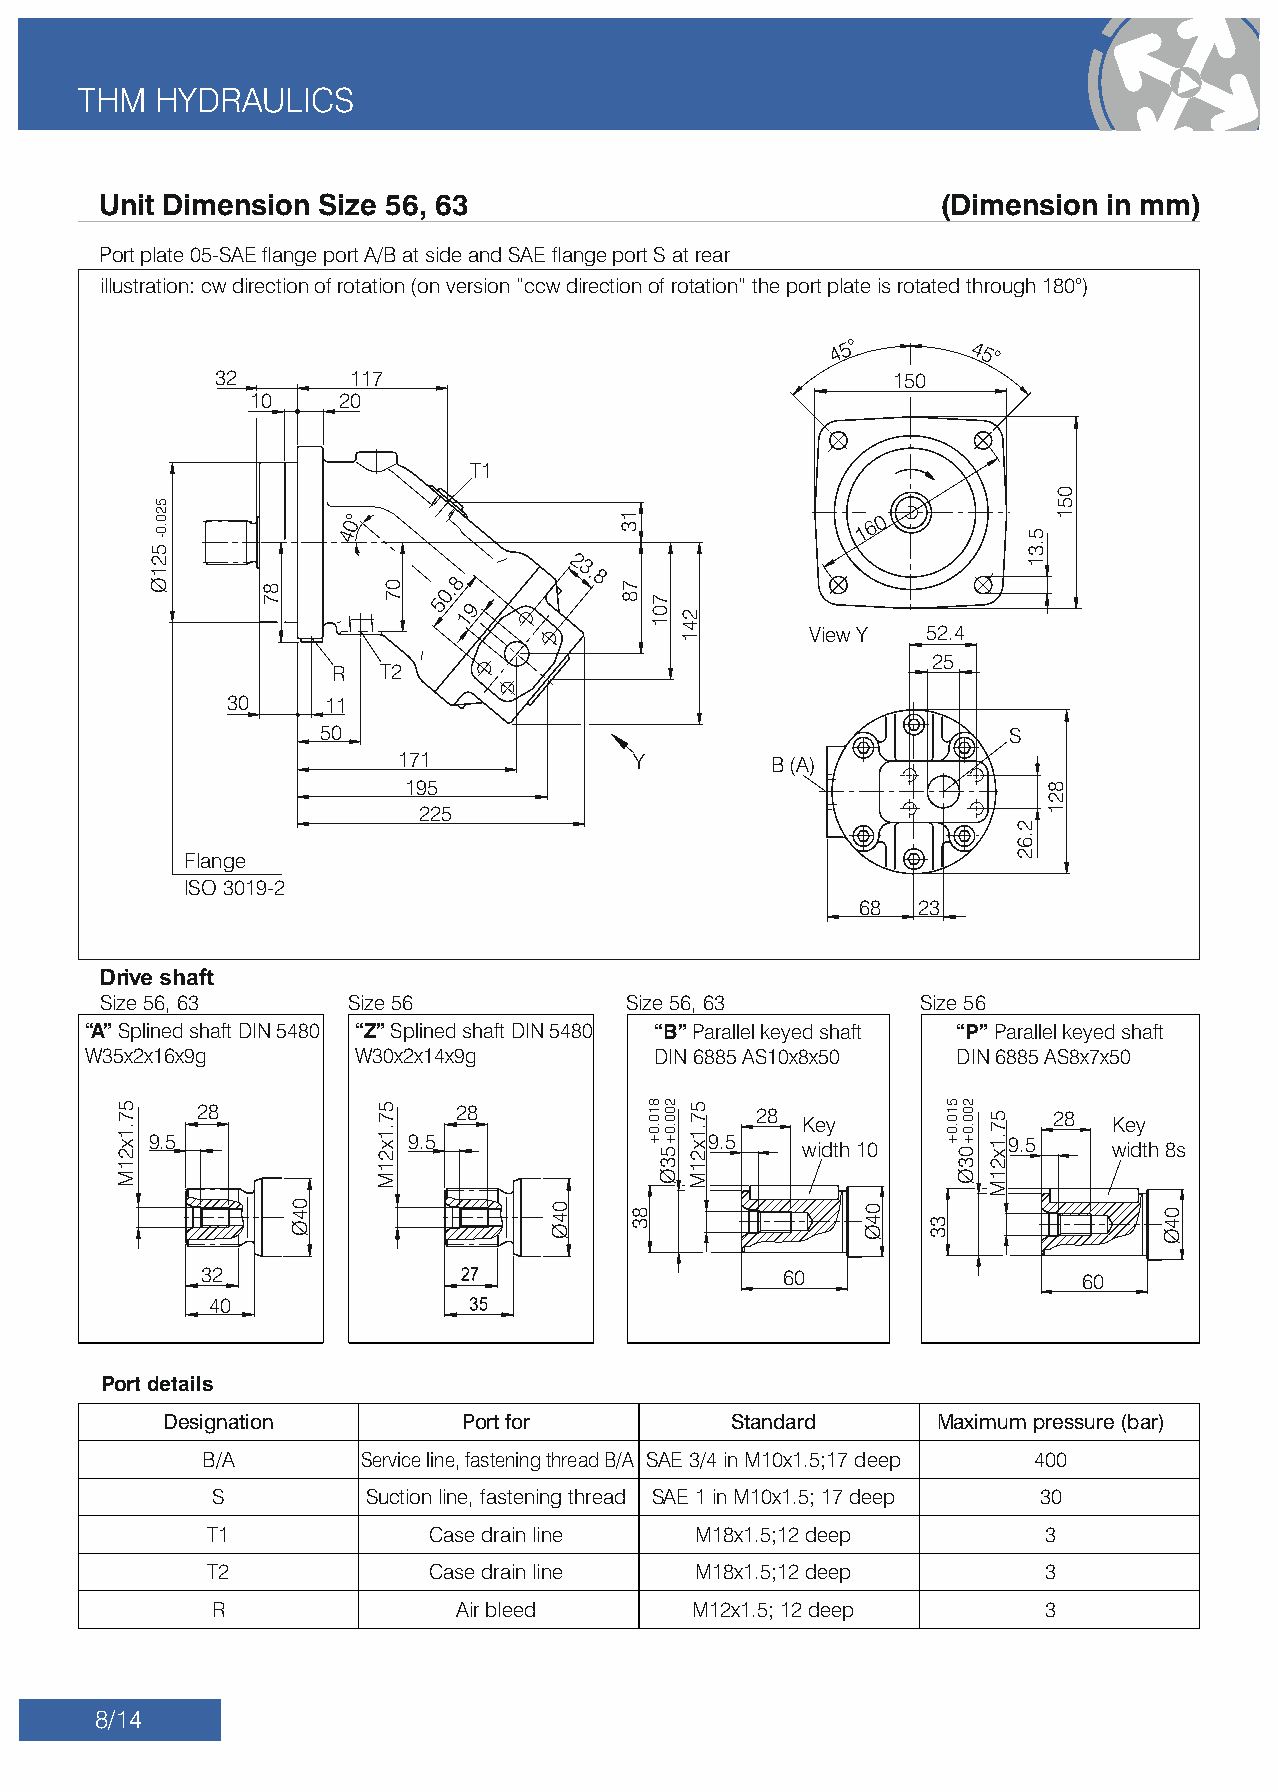
THM   HYDRAULICS
 Unit Dimension Size 56, 63                             (Dimension in mm)
 Port plate 05-SAE ange port A/B at side and SAE ange port S at rear
 illustration: cw direction of rotation (on version “ccw direction of rotation” the port plate is rotated through 180°)
 4
 5°
 45°
 32       117                                 150
 10    20
 T1
 40°                               1 6 0
 2
 3.
 8        8 0.
 5 9
 1
 View Y  52.4
 25
 R  T2
 30     11
 50                                            S
 171            Y        B (A)
 195
 225
 Flange
 ISO 3019-2
 68  23
 Size 56, 63     Size 56            Size 56, 63        Size 56
 “A” Splined shaft DIN 5480 “Z” Splined shaft DIN 5480 “B” Parallel keyed shaft “P” Parallel keyed shaft
 W35x2x16x9g       W30x2x14x9g         DIN 6885 AS10x8x50  DIN 6885 AS8x7x50
 28               28                  28 Key              28  Key
 9.5              9.5                 9.5   width 10      9.5    width 8s
 32                                    60                  60
 40
 Port details
 Designation         Port for          Standard     Maximum pressure (bar)
 B/A       Service line, fastening thread B/A SAE 3/4 in M10x1.5;17 deep 400
 S         Suction line, fastening thread SAE 1 in M10x1.5; 17 deep 30
 T1             Case drain line  M18x1.5;12 deep        3
 T2             Case drain line  M18x1.5;12 deep        3
 R               Air bleed       M12x1.5; 12 deep       3
 8/14
 57.1x21M
 520.0-521Ø
 87
 04Ø
 57.1x21M
 07
 04Ø
 13
 78
 83
 701
 810.0+ 200.0+53Ø
 241
 57.1x21M
 04Ø
 33
 510.0+ 200.0+03Ø 57.1x21M
 2.62
 5.31
 821
 051
 04Ø